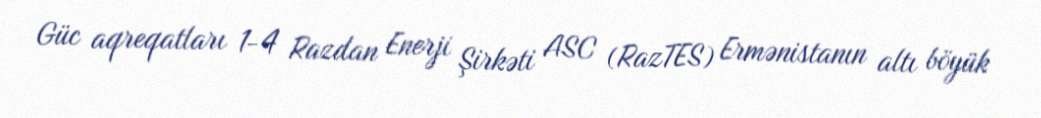
Güc aqreqatları 1-4 Razdan Enerji Şirkəti ASC (RazTES) Ermənistanın altı böyük